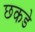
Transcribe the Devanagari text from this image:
छकडे